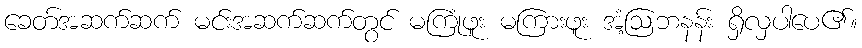
ခေတ်အဆက်ဆက် မင်းအဆက်ဆက်တွင် မကြုံဖူး မကြားဖူး အံ့ဩဘနန်း ရှိလှပါပေ၏။